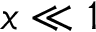
x \ll 1